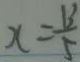
x = \frac { 1 3 } { 5 }